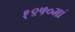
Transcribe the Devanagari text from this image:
१९५०मां